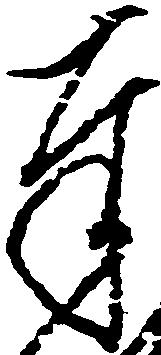
奉